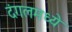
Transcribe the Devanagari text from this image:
दंगलमध्ये